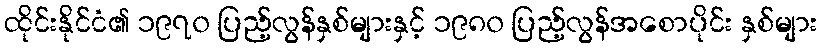
ထိုင်းနိုင်ငံ၏ ၁၉၇၀ ပြည့်လွန်နှစ်များနှင့် ၁၉၈၀ ပြည့်လွန်အစောပိုင်း နှစ်များ